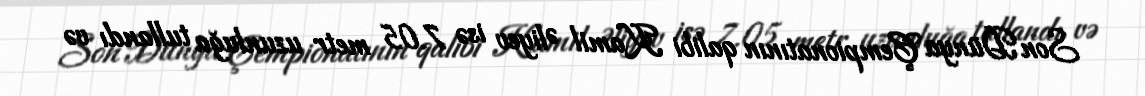
Son Dünya Çempionatının qalibi Kamil Əliyev isə 7.05 metr uzunluğa tullandı və